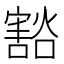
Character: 𫴓